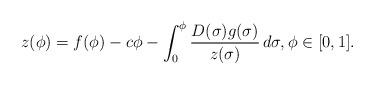
LaTeX: \begin{align*}z(\phi)=f(\phi)-c\phi-\int_{0}^{\phi}\frac{D(\sigma)g(\sigma)}{z(\sigma)}\, d\sigma, \phi \in [0, 1].\end{align*}